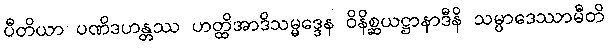
ပီတိယာ ပဏိဒဟန္တဿ ဟတ္ထိအာဒိသမ္မဒ္ဒေန ဝိနိစ္ဆယဋ္ဌာနာဒီနိ သမ္ပာဒေဿာမီတိ